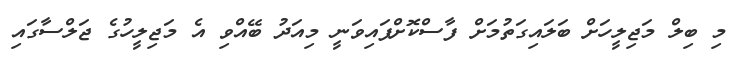
މި ބިލް މަޖިލީހަށް ބަލައިގަތުމަށް ފާސްކޮށްފައިވަނީ މިއަދު ބޭއްވި އެ މަޖިލީހުގެ ޖަލްސާގައި